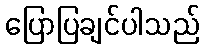
ပြောပြချင်ပါသည်